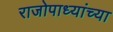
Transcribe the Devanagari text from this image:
राजोपाध्यांच्या